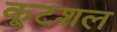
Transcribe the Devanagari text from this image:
कूटशल